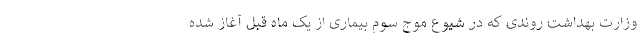
وزارت بهداشت روندی که در شیوع موج سوم بیماری از یک ماه قبل آغاز شده